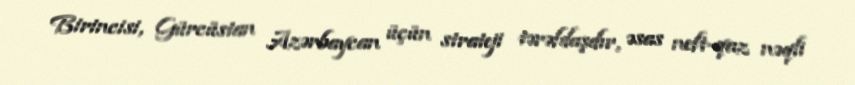
Birincisi, Gürcüstan Azərbaycan üçün strateji tərəfdaşdır, əsas neft-qaz nəqli